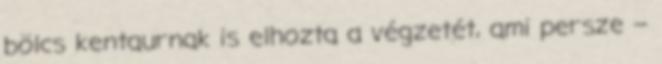
bölcs kentaurnak is elhozta a végzetét, ami persze –